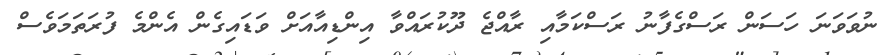
ނުވަވަނަ ހަސަން ރަސްގެފާނު ރަސްކަމާއި ރާއްޖެ ދޫކުރައްވާ އިންޑިއާއަށް ވަޑައިގެން އެންމެ ފުރަތަމަވެސް